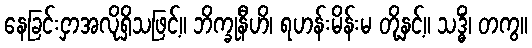
နေခြင်းငှာအလိုရှိသဖြင့်။ ဘိက္ခုနီဟိ၊ ရဟန်းမိန်းမ တို့နှင့်။ သဒ္ဓိံ၊ တကွ။